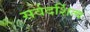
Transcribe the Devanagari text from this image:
सर्वदर्शित्व